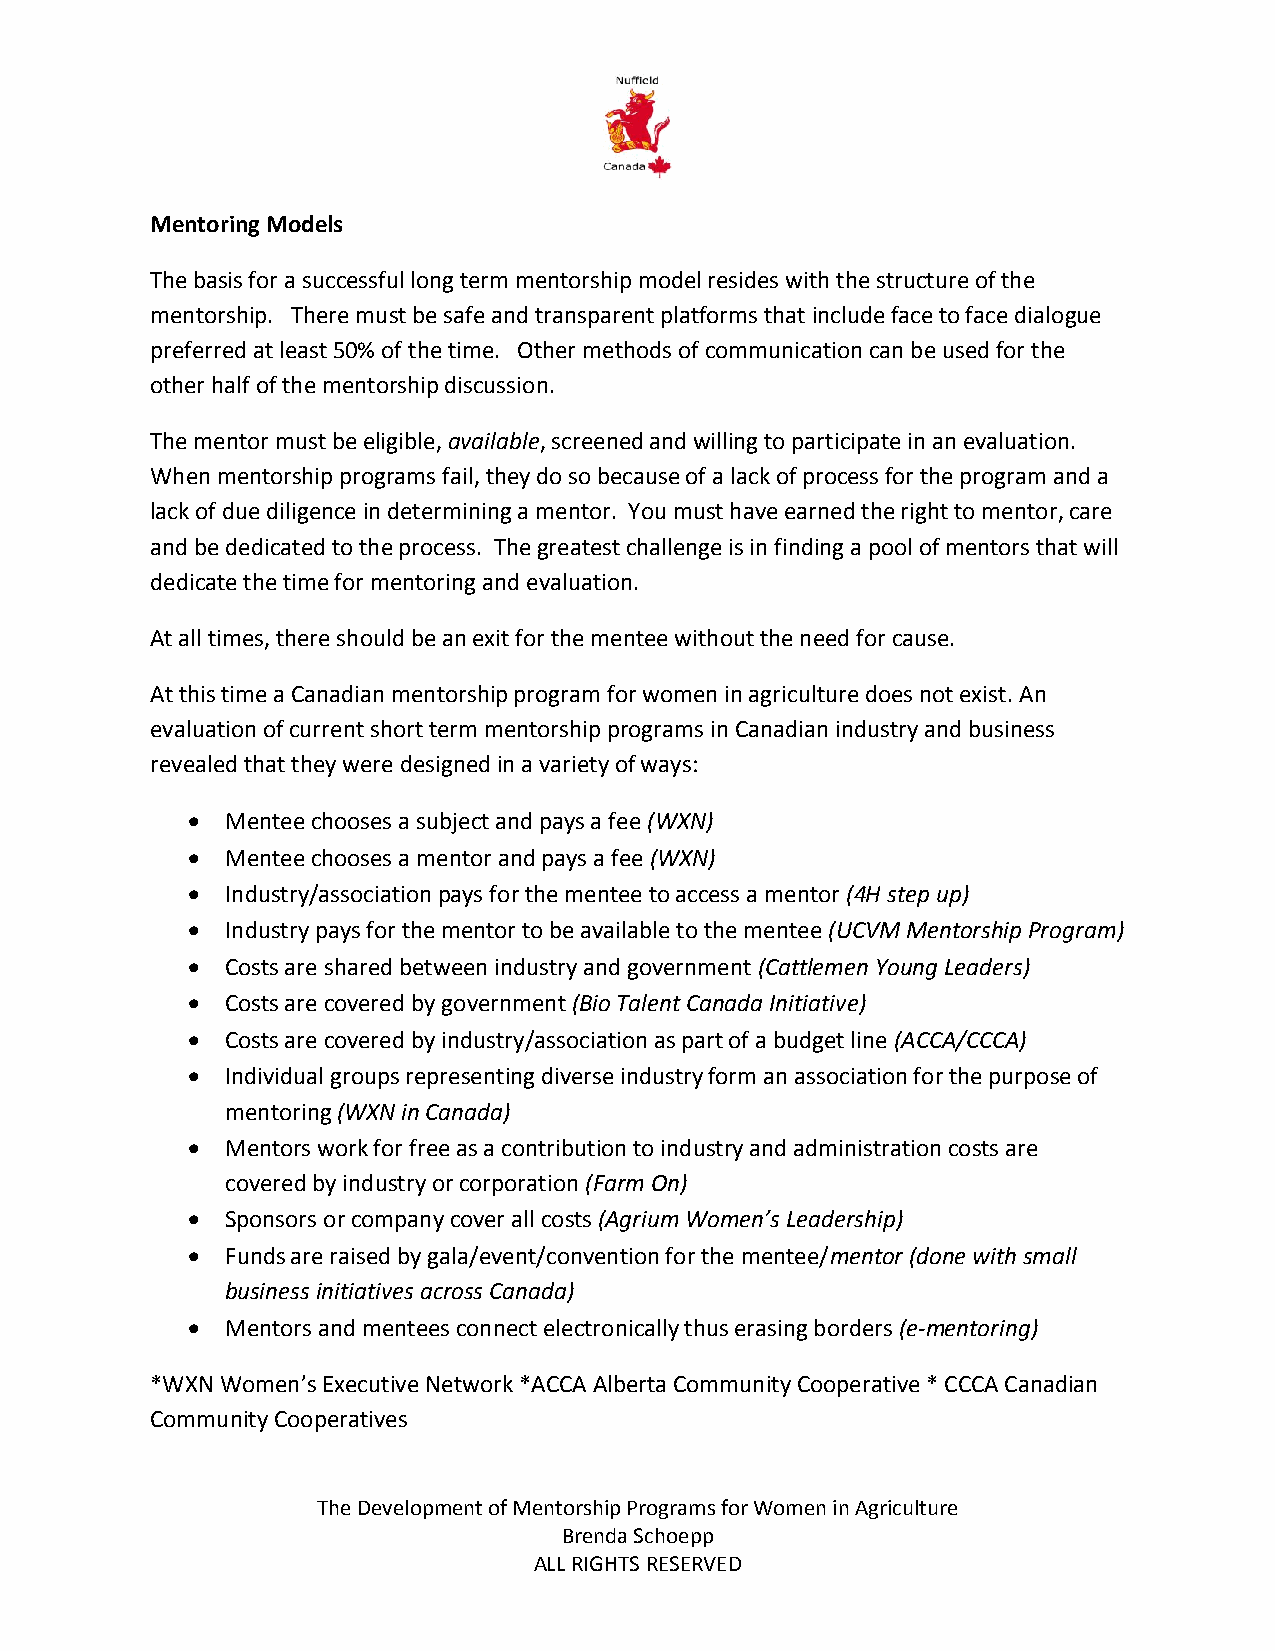
Mentoring Models
 The basis for a successful long term mentorship model resides with the structure of the
 mentorship. There must be safe and transparent platforms that include face to face dialogue
 preferred at least 50% of the time. Other methods of communication can be used for the
 other half of the mentorship discussion.
 The mentor must be eligible, available, screened and willing to participate in an evaluation.
 When mentorship programs fail, they do so because of a lack of process for the program and a
 lack of due diligence in determining a mentor. You must have earned the right to mentor, care
 and be dedicated to the process. The greatest challenge is in finding a pool of mentors that will
 dedicate the time for mentoring and evaluation.
 At all times, there should be an exit for the mentee without the need for cause.
 At this time a Canadian mentorship program for women in agriculture does not exist. An
 evaluation of current short term mentorship programs in Canadian industry and business
 revealed that they were designed in a variety of ways:
   Mentee chooses a subject and pays a fee (WXN)
   Mentee chooses a mentor and pays a fee (WXN)
   Industry/association pays for the mentee to access a mentor (4H step up)
   Industry pays for the mentor to be available to the mentee (UCVM Mentorship Program)
   Costs are shared between industry and government (Cattlemen Young Leaders)
   Costs are covered by government (Bio Talent Canada Initiative)
   Costs are covered by industry/association as part of a budget line (ACCA/CCCA)
   Individual groups representing diverse industry form an association for the purpose of
 mentoring (WXN in Canada)
   Mentors work for free as a contribution to industry and administration costs are
 covered by industry or corporation (Farm On)
   Sponsors or company cover all costs (Agrium Women’s Leadership)
   Funds are raised by gala/event/convention for the mentee/mentor (done with small
 business initiatives across Canada)
   Mentors and mentees connect electronically thus erasing borders (e-mentoring)
 *WXN Women’s Executive Network *ACCA Alberta Community Cooperative * CCCA Canadian
 Community Cooperatives
 The Development of Mentorship Programs for Women in Agriculture
 Brenda Schoepp
 ALL RIGHTS RESERVED